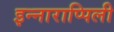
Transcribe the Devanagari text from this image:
इन्नाराप्पिली